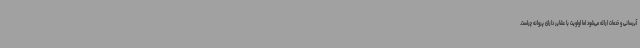
آبرسانی و خدمات ارائه می‌شود اما اولویت با عشایر دارای پروانه چراست.